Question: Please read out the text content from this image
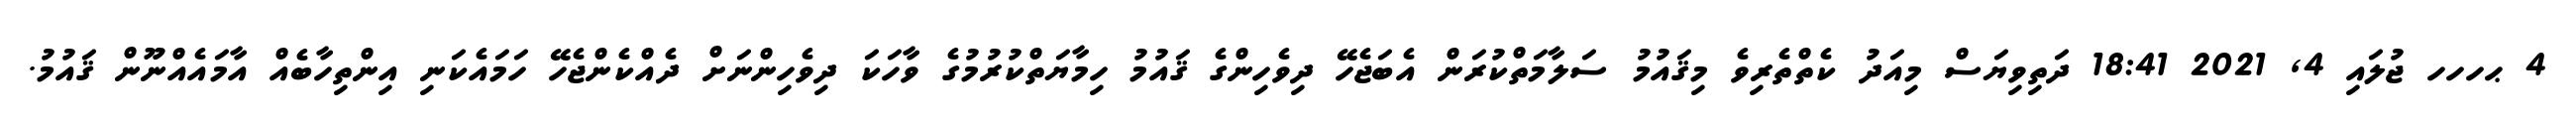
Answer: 4 ޙހހހ ޖުލައި 4, 2021 18:41 ދަތިވިޔަސް މިއަދު ކެތްތެރިވެ މިޤައުމު ސަލާމަތްކުރަން އެބަޖެހޭ ދިވެހިންގެ ޤައުމު ހިމާޔަތްކުރުމުގެ ވާހަކަ ދިވެހިންނަށް ދެއްކެންޖެހޭ ހަމައެކަނި އިންތިހާބެއް އާމައެއްނޫން ޤައުމު.